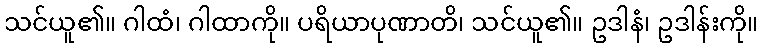
သင်ယူ၏။ ဂါထံ၊ ဂါထာကို။ ပရိယာပုဏာတိ၊ သင်ယူ၏။ ဥဒါနံ၊ ဥဒါန်းကို။